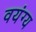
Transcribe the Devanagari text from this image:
वयंग्य